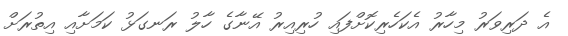
އެ ދަރިވަރު މިހާރު އެކަހެރިކޮށްފައި ހުރިއިރު އޭނާގެ ހާލު ރަނގަޅު ކަމަށާއި އިތުރަށް